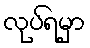
လုပ်ရမှာ